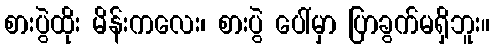
စားပွဲထိုး မိန်းကလေး၊ စားပွဲ ပေါ်မှာ ပြာခွက်မရှိဘူး။